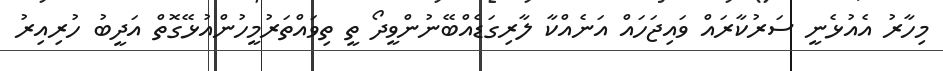
މިހާރު އެއުޅެނީ ސަރުކާރައް ވައިޖަހައް އަނެއްކާ ލާރިގަޑެއްބޭނުންވީދޯ ތީ ތިވައްތަރުމީހުންއުޅޭގޮތް އަދީބު ހުރިއިރު